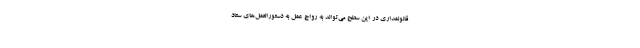
قانونمداری در این سطح می‌تواند به رواج عمل به دستورالعمل‌های ستاد